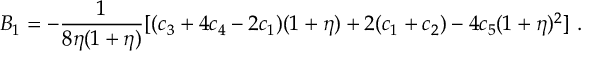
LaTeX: B _ { 1 } = - \frac { 1 } { 8 \eta ( 1 + \eta ) } [ ( c _ { 3 } + 4 c _ { 4 } - 2 c _ { 1 } ) ( 1 + \eta ) + 2 ( c _ { 1 } + c _ { 2 } ) - 4 c _ { 5 } ( 1 + \eta ) ^ { 2 } ] \ .